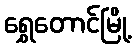
ရွှေတောင်မြို့